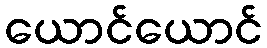
ယောင်ယောင်